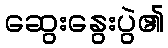
ဆွေးနွေးပွဲ၏